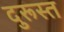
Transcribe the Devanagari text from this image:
दुरूस्‍त